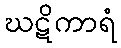
ဃဋိကာရံ